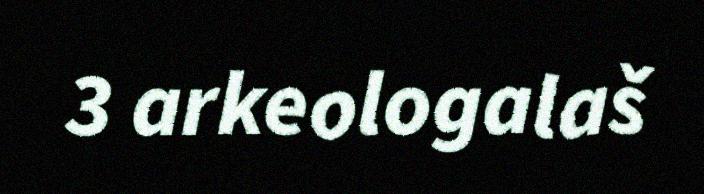
3 arkeologalaš